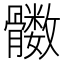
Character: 𲌔